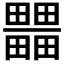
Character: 𤳹